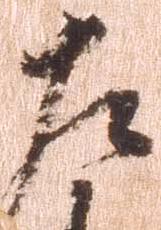
左